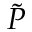
\tilde { P }